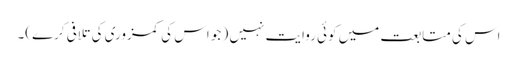
اس کی متابعت میں کوئی روایت نہیں ( جو اس کی کمزوری کی تلافی کرے)۔